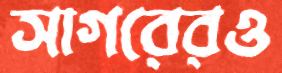
সাগরেরও